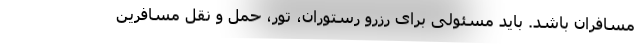
مسافران باشد. باید مسئولی برای رزرو رستوران، تور، حمل و نقل مسافرین